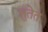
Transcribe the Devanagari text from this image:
तुतेत